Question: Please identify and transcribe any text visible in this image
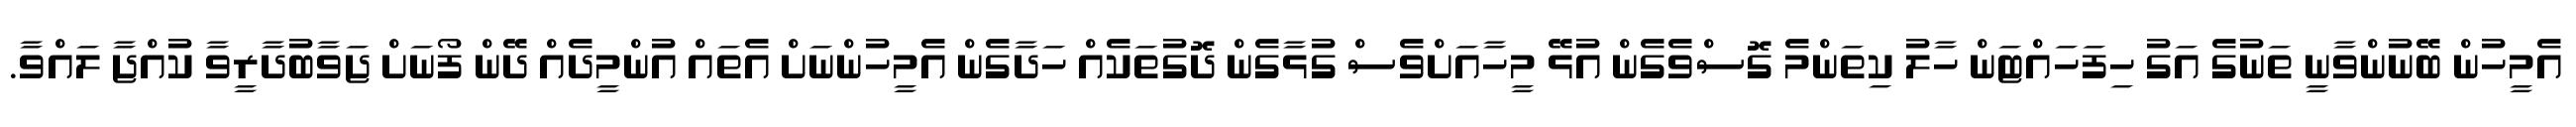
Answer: އެމީހުން ބޭނުންވާނީ ތަނުގެ އަގު ހިފަހައްޓަން ހާލު ކިތަންމެ ގޮސްވެގެން އުޅޭ މީހާއަށްވެސް ގުޅާގެން ދޮގުތަކެއް ހަދާގެން އެމީހުންނަށް އެތައް އުންމީދެއް ދޭން ފޯނަށް ޖަވާބުދާރީވާ ކުއްޖާ ލައްވާ.